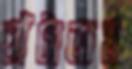
ঘাঁটাতাম